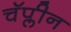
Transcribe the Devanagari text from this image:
चॅप्लीन